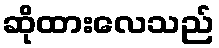
ဆိုထားလေသည်